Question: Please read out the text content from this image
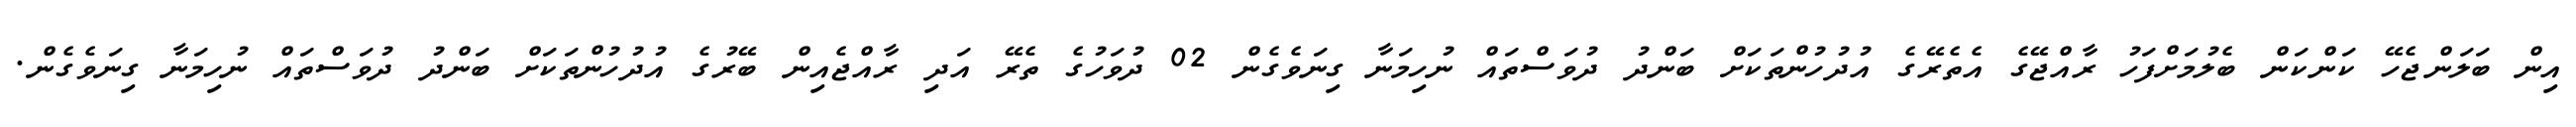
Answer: އިން ބަލަންޖެހޭ ކަންކަން ބެލުމަށްފަހު ރާއްޖޭގެ އެތެރޭގެ އުދުހުންތަކަށް ބަންދު ދުވަސްތައް ނުހިމަނާ ގިނަވެގެން 02 ދުވަހުގެ ތެރޭ އަދި ރާއްޖެއިން ބޭރުގެ އުދުހުންތަކަށް ބަންދު ދުވަސްތައް ނުހިމަނާ ގިނަވެގެން.